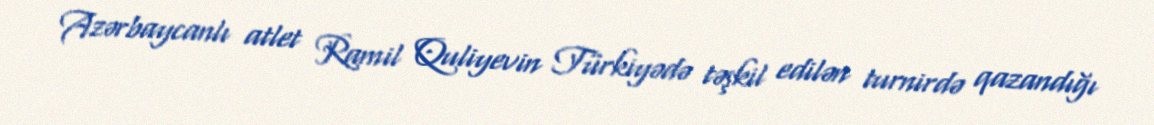
Azərbaycanlı atlet Ramil Quliyevin Türkiyədə təşkil edilən turnirdə qazandığı